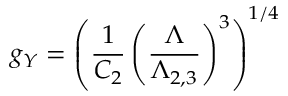
g _ { Y } = \left( { \frac { 1 } { C _ { 2 } } } \left( { \frac { \Lambda } { \Lambda _ { 2 , 3 } } } \right) ^ { 3 } \right) ^ { 1 / 4 }